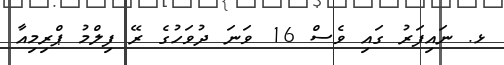
ޅ. ނައިފަރު ގައި ވެސް 16 ވަނަ ދުވަހުގެ ރޭ ފިލްމު ޕްރިމިއާ